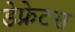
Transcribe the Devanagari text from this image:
डेफ्रेटस